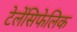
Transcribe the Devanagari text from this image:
टेलेंसिफेलिक